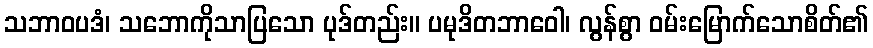
သဘာဝပဒံ၊ သဘောကိုသာပြသော ပုဒ်တည်း။ ပမုဒိတဘာဝေါ၊ လွန်စွာ ဝမ်းမြောက်သောစိတ်၏